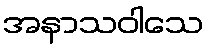
အနာသဝါသေ